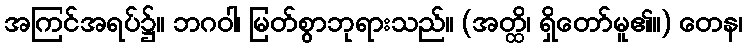
အကြင်အရပ်၌။ ဘဂဝါ၊ မြတ်စွာဘုရားသည်။ (အတ္ထိ၊ ရှိတော်မူ၏။) တေန၊